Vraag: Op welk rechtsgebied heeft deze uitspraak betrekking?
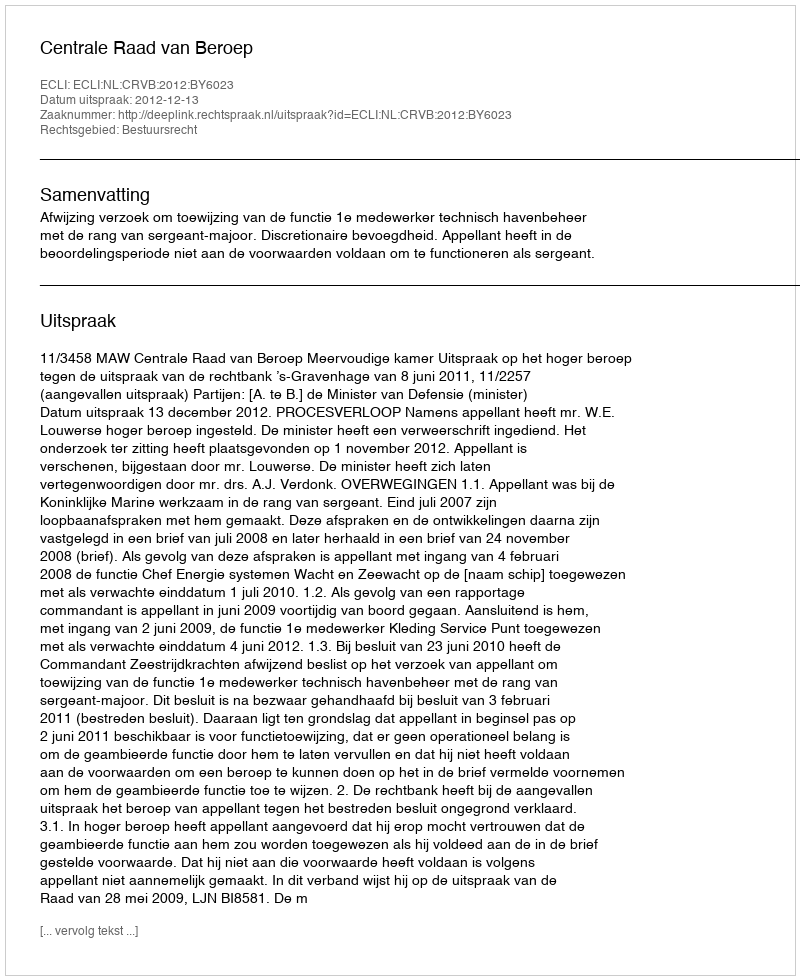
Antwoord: Bestuursrecht